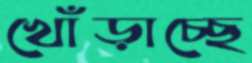
খোঁড়াচ্ছে